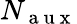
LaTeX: N_{\mathrm{~a~u~x~}}